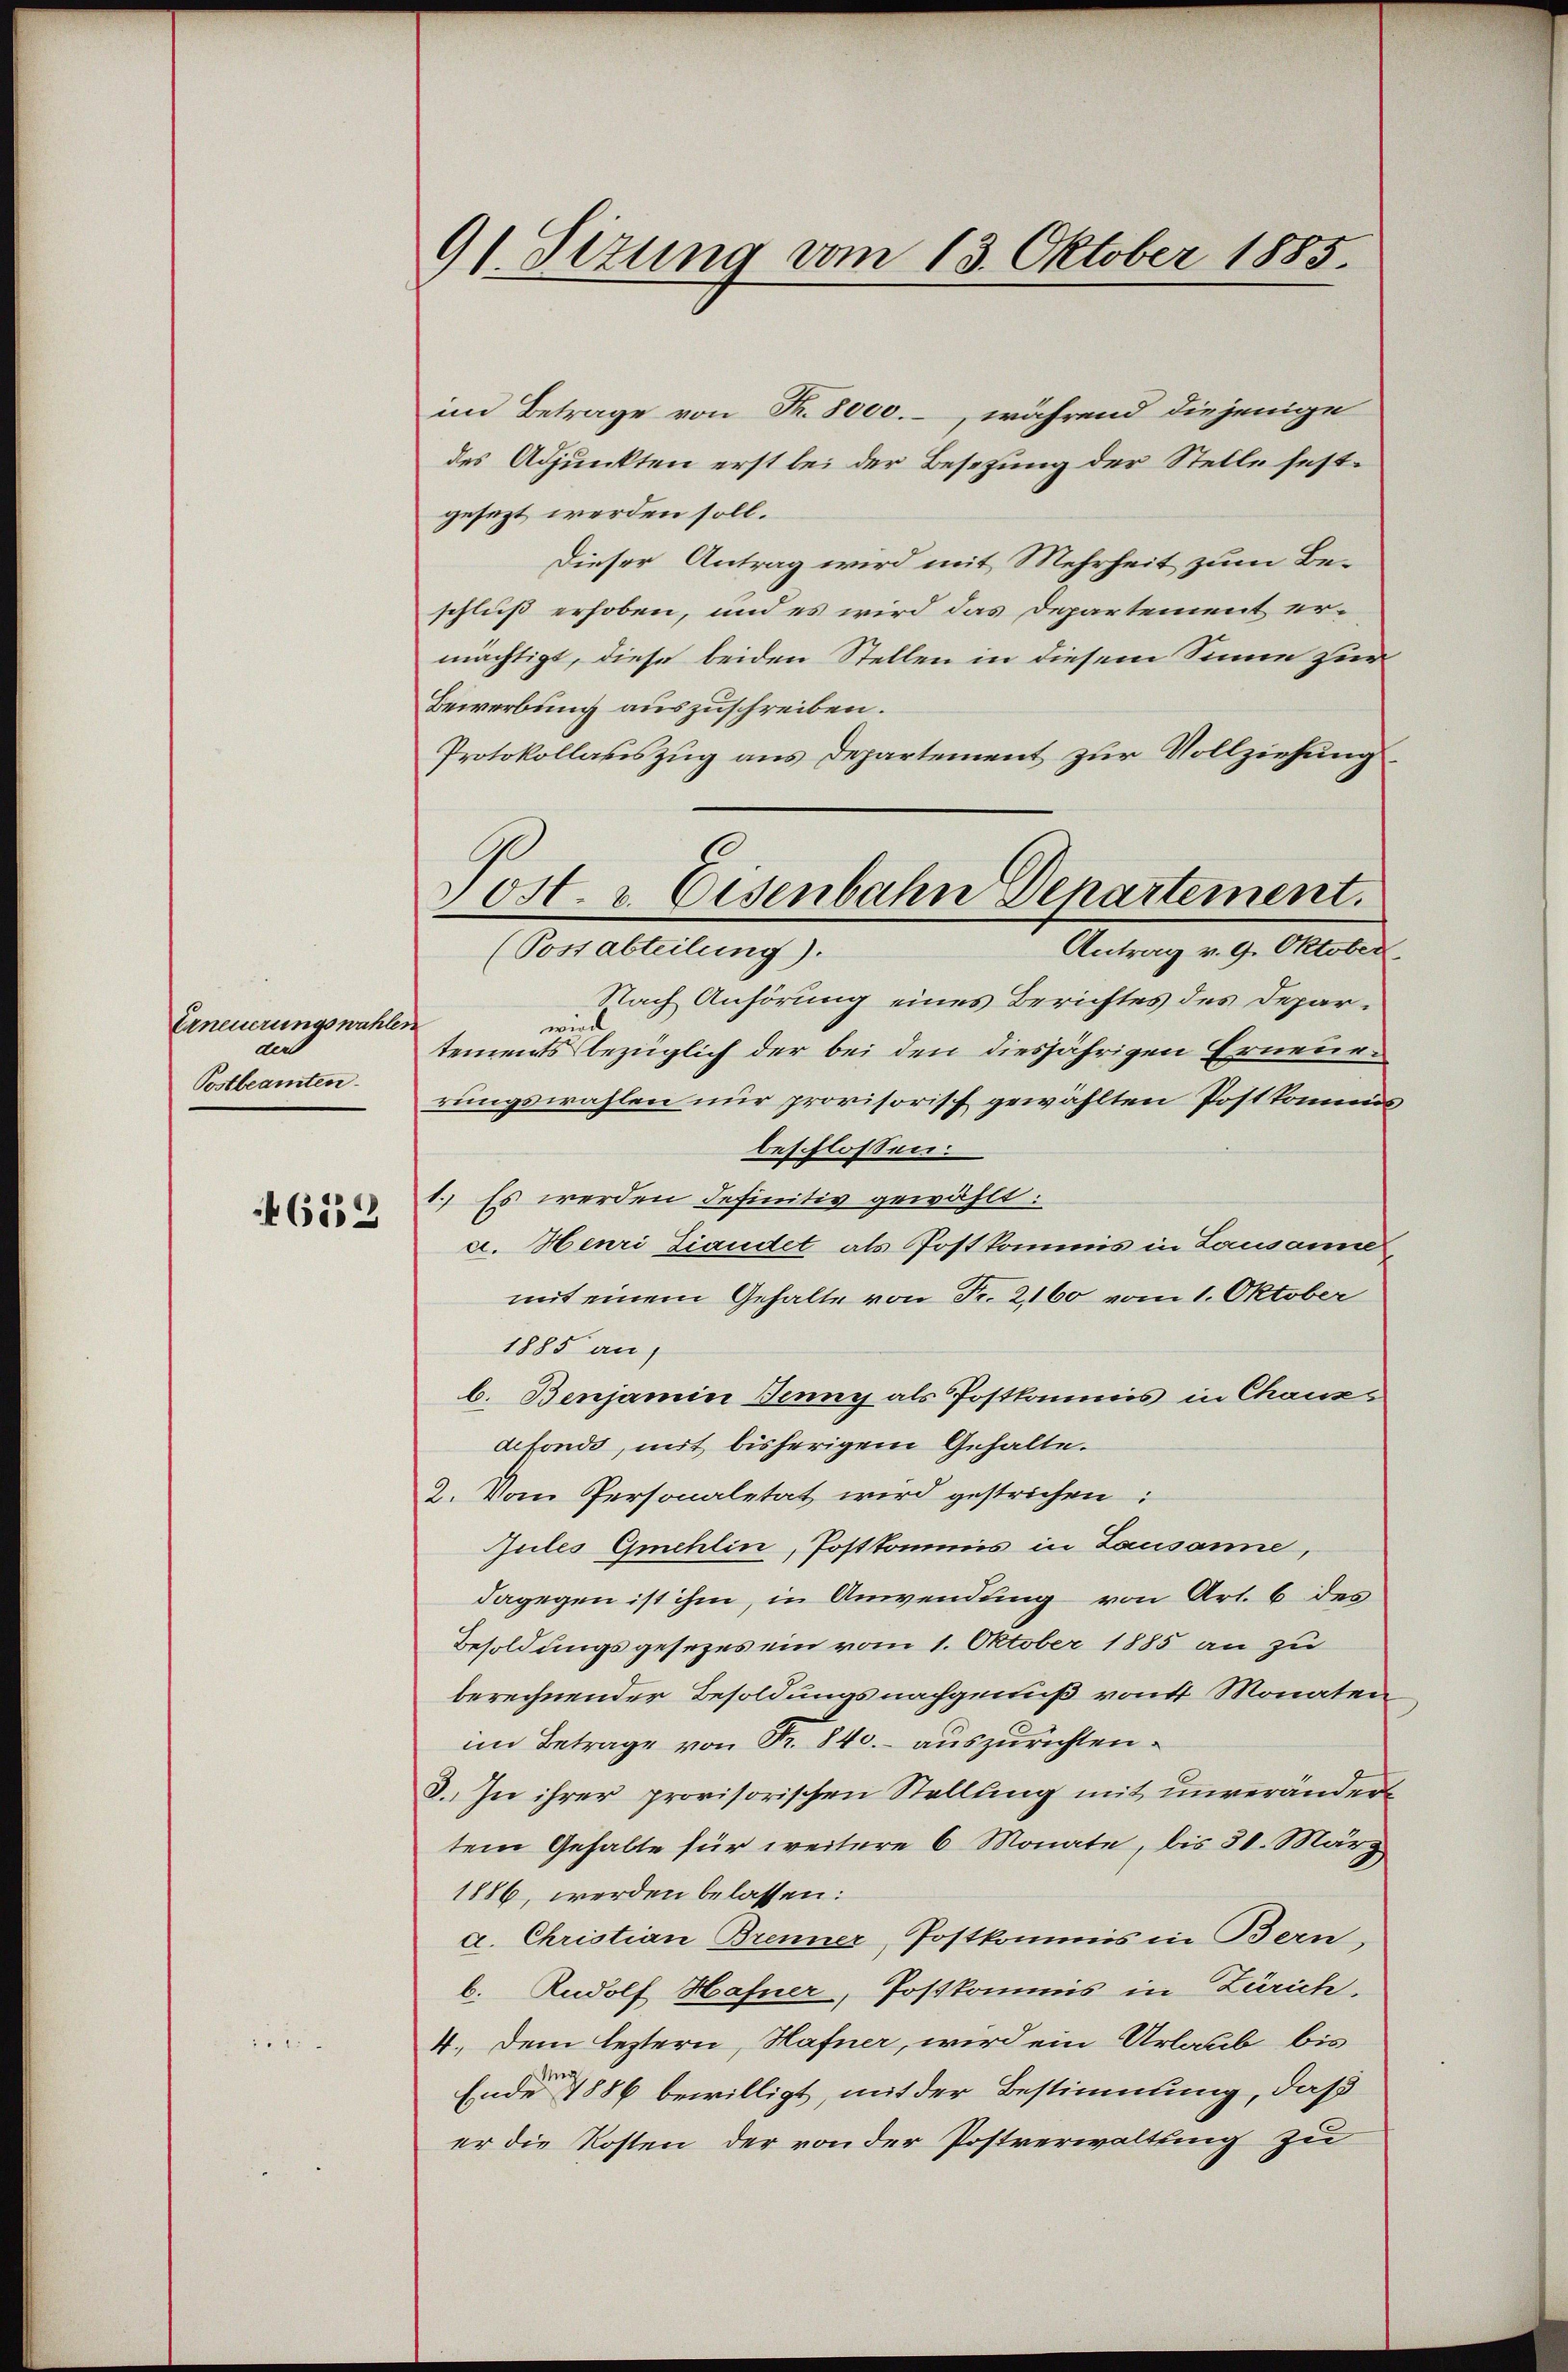
Erneuerungswahler
und
Postbeamten.

4652

91 Sizung vom 13. Oktober 1885.

im Betrage von Fr. 8000.-, während diejenige
des Adjunkten erst bei der Besetzung der Stelle festgesezt werden soll.
Dieser Antrag wird mit Mehrheit zum Beschluß erhoben, und es wird das Departement ermächtigt, diese beiden Stellen in diesem Sinne zur
Bewerbung auszuschreiben.
Protokollasiszug aus Departement zur Vollziehung
Nach Anhörung eines Berichtes des Deparwird
tements bezüglich der bei den diesjährigen Erneurrungswahlen nur provisorisch gewählten Postkommis
beschlossen:
1. Es werden definitiv gewählt:
c. Henri Landet als Postkommis in Lausanne
mit einem Gehalte von Fr. 2160 vom 1. Oktober
1885 an,
b. Benjamin Jenny als Postkommis in Chauxs
defonds, mit bisherigem Gehalte.
2. Vom Personaletat wird gestrichen:
Jules Gmehlin, Postkommis in Lausanne,
dagegen ist ihm, in Anwendung von Art. 6 des
Besoldungsgesezes ein vom 1. Oktober 1885 an zu
berechnender Besoldungsnachgenuß vom Monaten
im Betrage von Fr. 840.- auszurichten.
8. In ihrer provisorischen Stellung mit unverändert
tem Gehalte für weitere 6 Monate, bis 30. März
1886, werden belassen:
a. Christian Brenner, Postkommis in Bern,
b. Rudolf Hafner, Postkommis in Zürich.
4. Dem leztern, Hafner, wird ein Urlaub bis
Ende 1886 bewilligt, mit der Bestimmung, daß
er die Kosten der von der Postverwaltung zu

Post- & Eisenbahn Departement.
(Possabteilung).
Antrag v. 9. Oktober